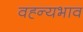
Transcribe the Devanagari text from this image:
वह्न्यभाव